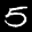
Label: 5